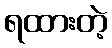
ရထားတဲ့